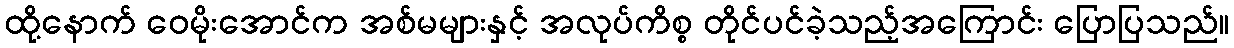
ထို့နောက် ဝေမိုးအောင်က အစ်မများနှင့် အလုပ်ကိစ္စ တိုင်ပင်ခဲ့သည့်အကြောင်း ပြောပြသည်။